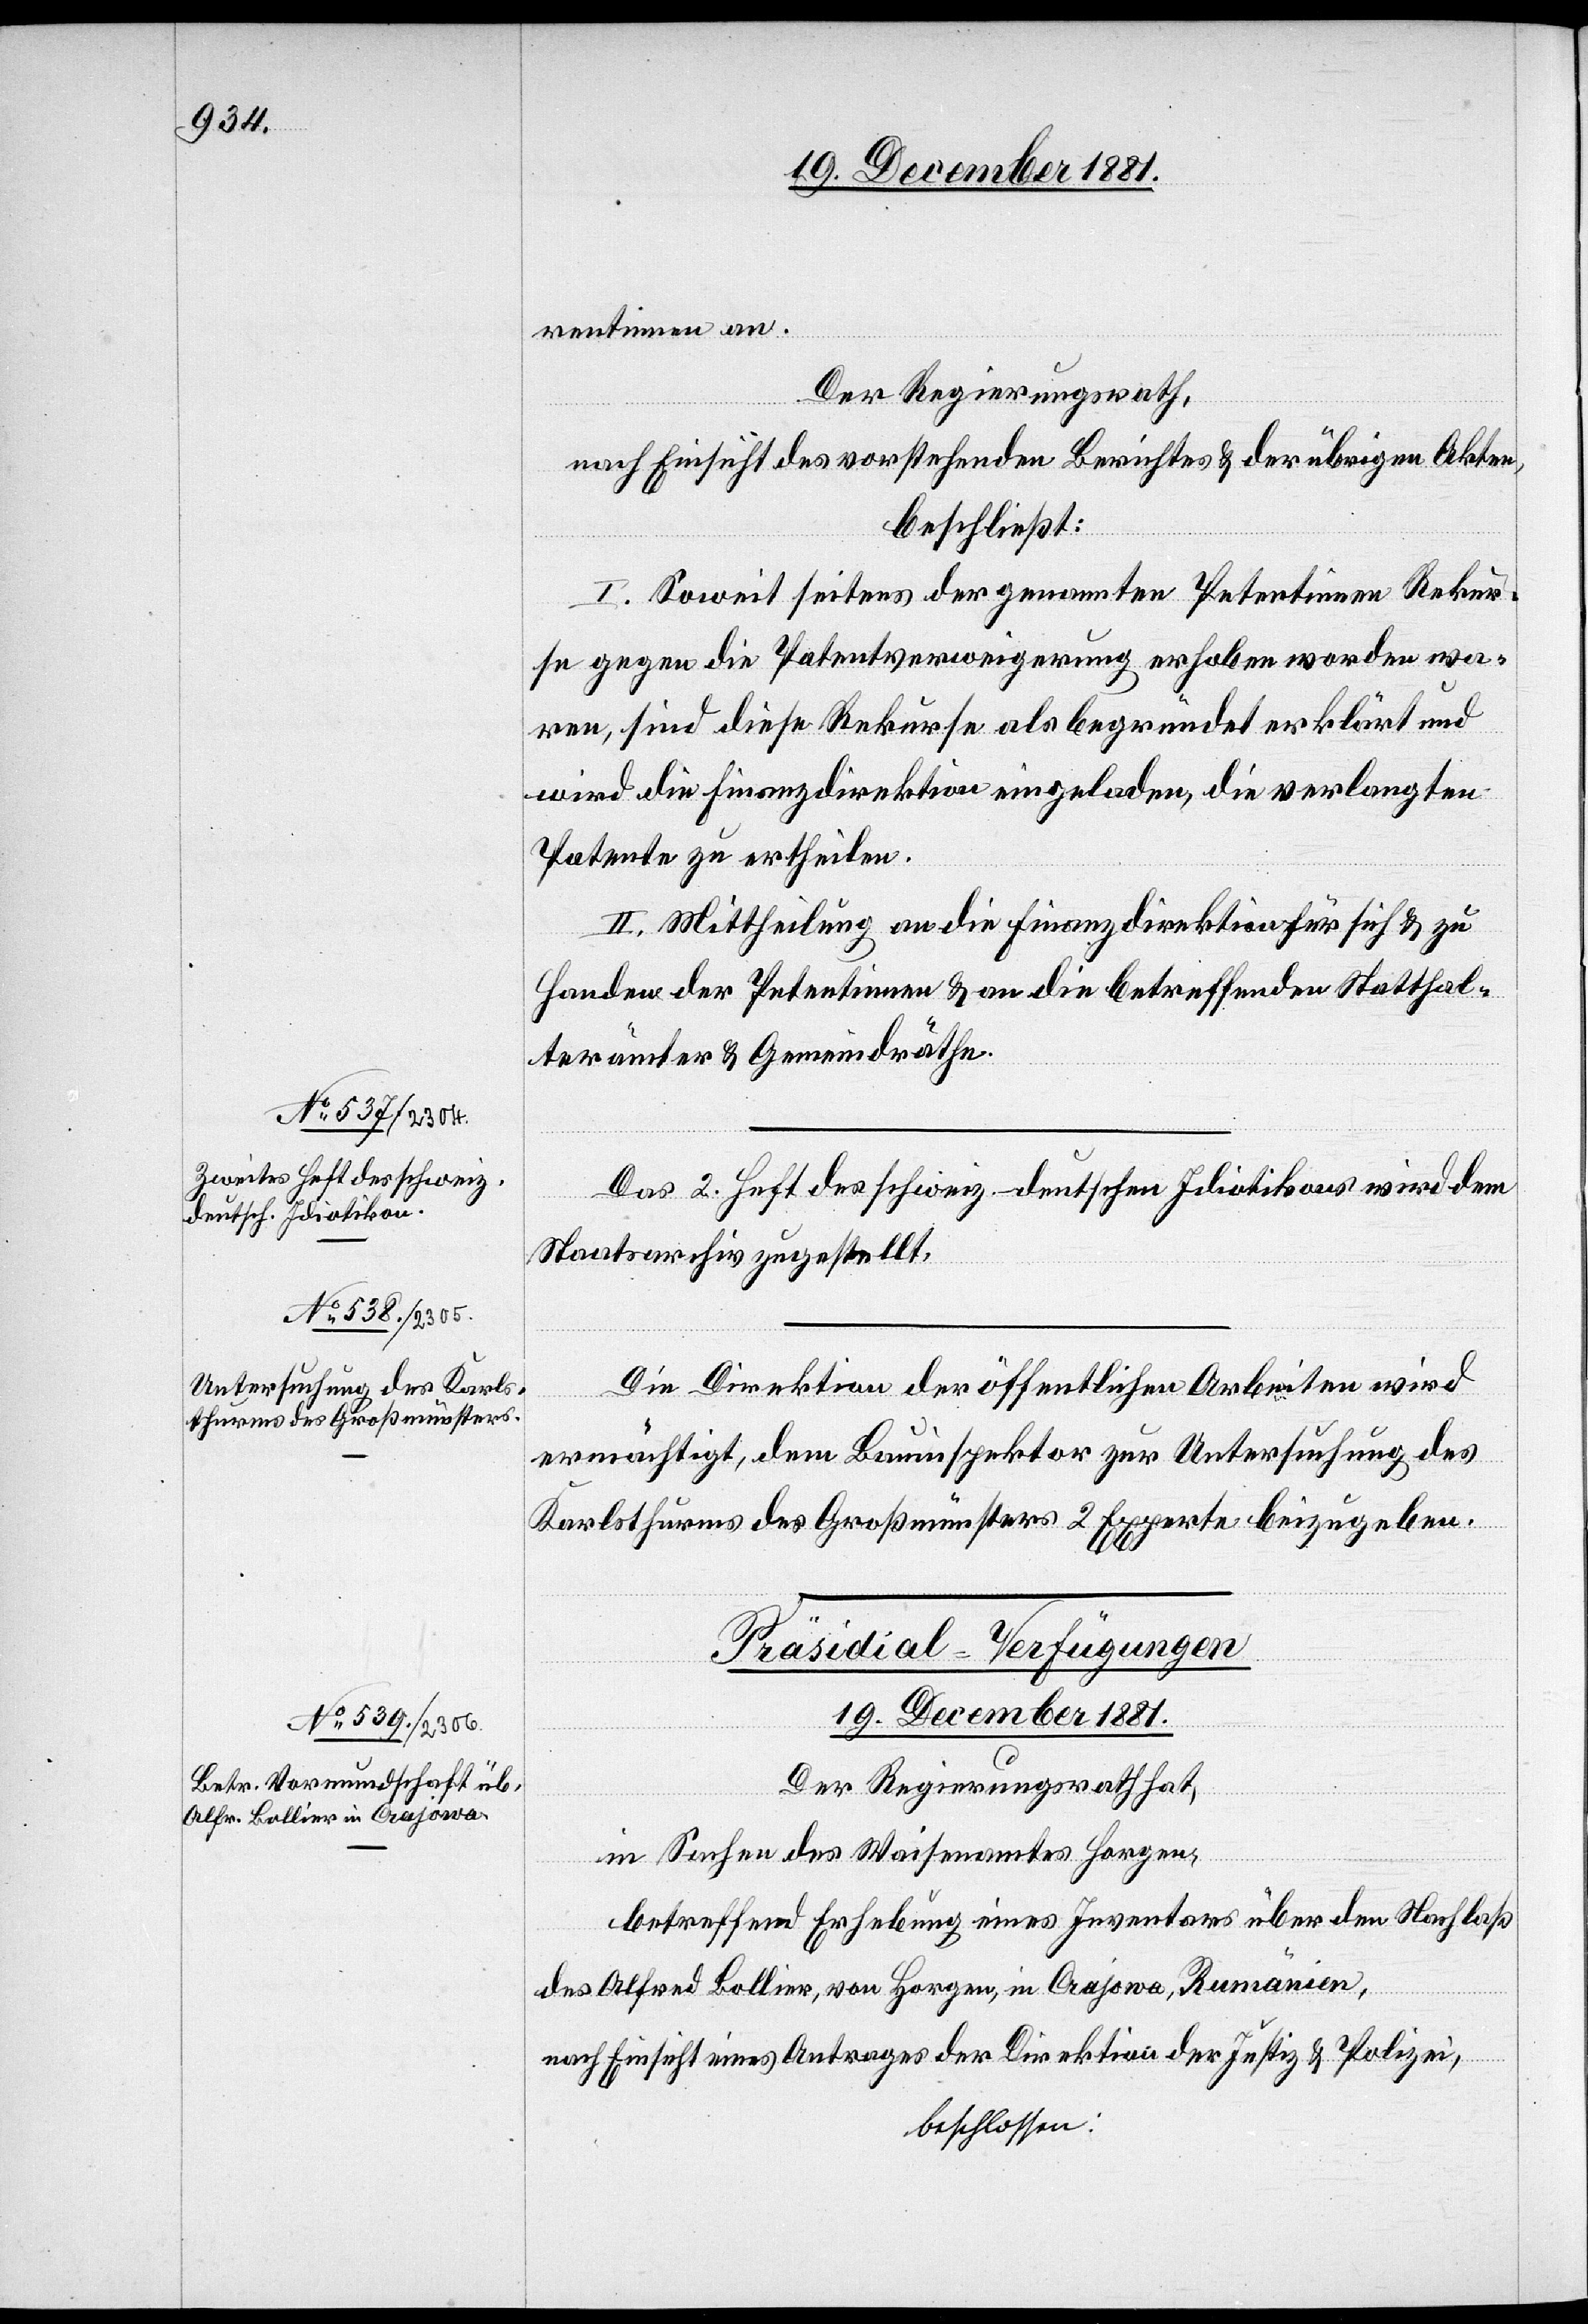
rentinnen an.
Der Regierungsrath,
nach Einsicht des vorstehenden Berichtes & der übrigen Akten,
beschließt:
I. Soweit seitens der genannten Petentinnen Rekur¬
se gegen die Patentverweigerung erhoben worden wa¬
ren, sind diese Rekurse als begründet erklärt und
wird die Finanzdirektion eingeladen, die verlangten
Patente zu ertheilen.
II. Mittheilung an die Finanzdirektion für sich & zu
Handen der Petentinnen & an die betreffenden Statthal¬
terämter & Gemeindräthe.
Das 2. Heft des schweiz.-deutschen Idiotikons wird dem
Staatsarchiv zugestellt.
Die Direktion der öffentlichen Arbeiten wird
ermächtigt, dem Bauinspektor zur Untersuchung des
Karlsthurms des Großmünsters 2 Experte[n] beizugeben.
Präsidial-Verfügungen.
19. December 1881.
Der Regierungsrath hat,
in Sachen des Waisenamtes Horgen,
betreffend Erhebung eines Inventars über den Nachlaß
des Alfred Bollier, von Horgen, in Crajowa, Rumänien,
nach Einsicht eines Antrages der Direktion der Justiz & Polizei,
beschlossen: